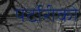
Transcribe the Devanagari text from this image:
पर्टोरीको